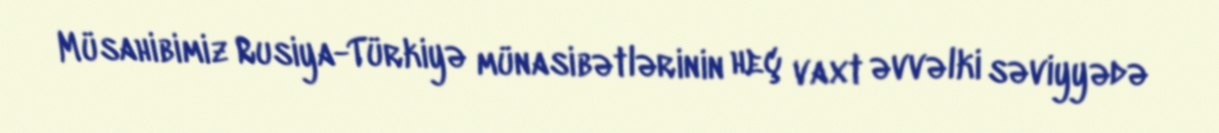
Müsahibimiz Rusiya-Türkiyə münasibətlərinin heç vaxt əvvəlki səviyyədə